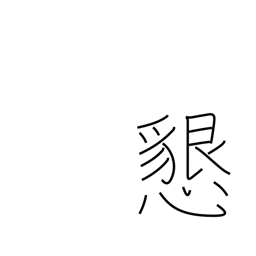
Meaning: hospitable